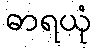
ဓာရယုံ